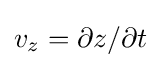
v_{z}=\partial z/\partial t